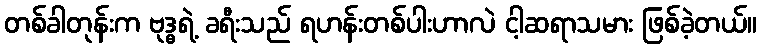
တစ်ခါတုန်းက ဗုဒ္ဓရဲ့ ခရီးသည် ရဟန်းတစ်ပါးဟာလဲ ငါ့ဆရာသမား ဖြစ်ခဲ့တယ်။